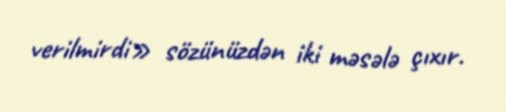
verilmirdi» sözünüzdən iki məsələ çıxır.